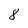
Character: 8